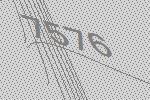
7576